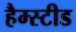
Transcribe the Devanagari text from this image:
हैम्स्टीड